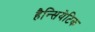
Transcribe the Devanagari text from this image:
हैन्सियेटिक